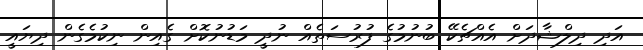
އަދި ދިލްޝާދަށް އެއްޗެކޭ ބުނުމުގެ ފުރުސަތެއް ނުދީ މަޑުނުކޮށް ގެއިން ނިކުމެގެން ދިޔައީ